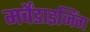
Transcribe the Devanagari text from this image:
मर्चेंडाइजिंग